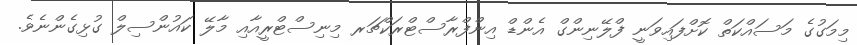
މިމަގުގެ މަސައްކަތް ކޮށްފައިވަނީ ފްލޭނިންގް އެންޑް އިންފްރާސްޓްރަކްޗަރ މިނިސްޓްރީއާއި މާލޭ ކައުންސިލް ގުޅިގެންނެވެ.